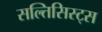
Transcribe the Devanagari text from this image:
सल्तिसिस्ट्स